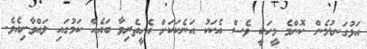
އަޅުގަނޑުމެން ކޮންމެ މީހަކީ ވެސް އެކަކު އަނެކަކަށް އެހީތެރިވާ ބައެއް ކަމުގައި ލައްވާށިއެވެ.